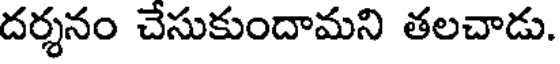
దర్శనం చేసుకుందామని తలచాడు.